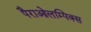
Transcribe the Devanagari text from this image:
पैराओलम्पिक्स